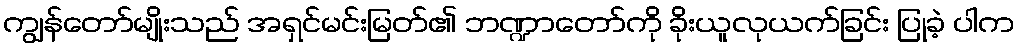
ကျွန်တော်မျိုးသည် အရှင်မင်းမြတ်၏ ဘဏ္ဍာတော်ကို ခိုးယူလုယက်ခြင်း ပြုခဲ့ ပါက